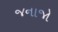
જનાજો